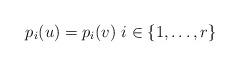
LaTeX: \begin{align*}p_i(u)=p_i(v)\ i\in\{1,\dots,r\}\end{align*}